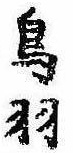
鳥羽